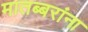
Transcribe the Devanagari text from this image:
मातब्बरांना